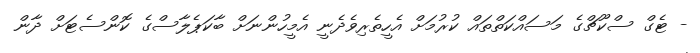
- ޓެގް ސްކޫޗްގެ މަސައްކަތްތައް ކުރުމަށް އެހީތެރިވެދެނީ އެމީހުންނަށް ބާކަޕެލާސްގެ ކޮންސެޓަށް ދާން